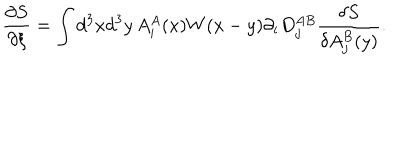
LaTeX: \frac { \partial S } { \partial \xi } = \int d ^ { 3 } x d ^ { 3 } y \, A _ { i } ^ { A } ( x ) W ( x - y ) \partial _ { i } D _ { j } ^ { A B } \frac { \delta S } { \delta A _ { j } ^ { B } ( y ) } .